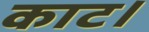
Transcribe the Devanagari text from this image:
काट।